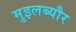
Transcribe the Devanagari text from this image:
मुइलब्यौर